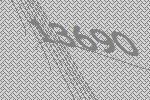
13690